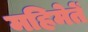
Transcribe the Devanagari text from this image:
महिमेतें